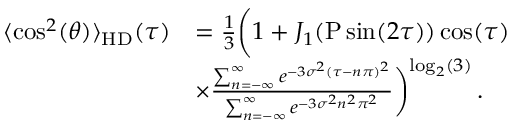
\begin{array} { r l } { \langle \cos ^ { 2 } ( \theta ) \rangle _ { \mathrm { H D } } ( \tau ) } & { = \frac { 1 } { 3 } \bigg ( 1 + J _ { 1 } { \left( \mathrm { P } \sin ( 2 \tau ) \right) } \cos ( \tau ) } \\ & { \times \frac { \sum _ { n = - \infty } ^ { \infty } e ^ { - 3 \sigma ^ { 2 } ( \tau - n \pi ) ^ { 2 } } } { \sum _ { n = - \infty } ^ { \infty } e ^ { - 3 \sigma ^ { 2 } n ^ { 2 } \pi ^ { 2 } } } \bigg ) ^ { \mathrm { l o g } _ { 2 } ( 3 ) } \, . } \end{array}